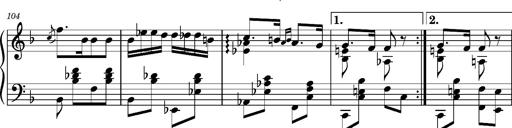
Title: Ungarischer Romanzero
Composer: Franz Liszt